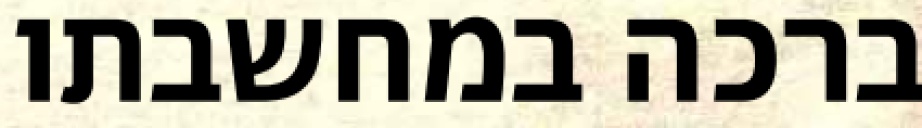
ברכה במחשבתו